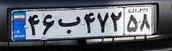
۴۶ب۴۷۲۵۸